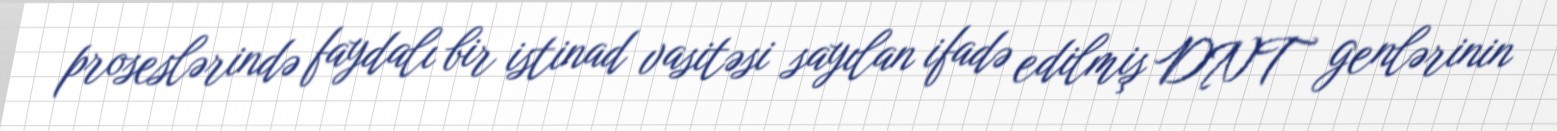
proseslərində faydalı bir istinad vasitəsi sayılan ifadə edilmiş DNT genlərinin